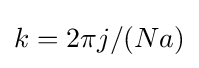
k=2\pi j/(Na)